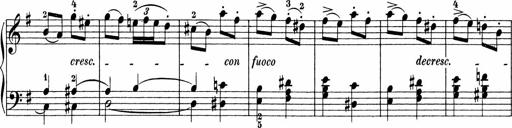
Title: Sonatinen Op.47, 98 und 136, nebst 6 Liedersonatinen
Composer: Carl Reinecke